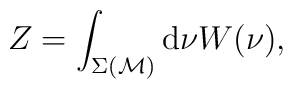
Z = \int_{\Sigma({\cal M})} {\rm d} \nu W (\nu),